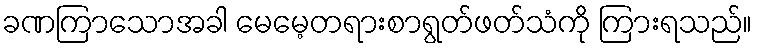
ခဏကြာသောအခါ မေမေ့တရားစာရွတ်ဖတ်သံကို ကြားရသည်။